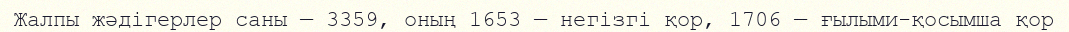
Жалпы жәдігерлер саны — 3359, оның 1653 — негізгі қор, 1706 — ғылыми-қосымша қор